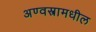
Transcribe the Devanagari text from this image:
अण्वस्त्रामधील